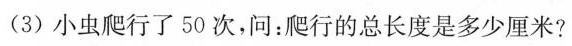
(3)小虫爬行了50次，问：爬行的总长度是多少厘米?